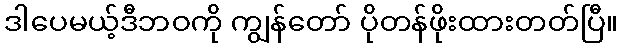
ဒါပေမယ့်ဒီဘဝကို ကျွန်တော် ပိုတန်ဖိုးထားတတ်ပြီ။